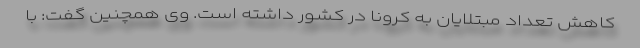
کاهش تعداد مبتلایان به کرونا در کشور داشته است. وی همچنین گفت: با